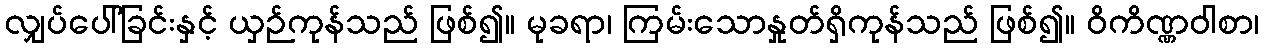
လျှပ်ပေါ်ခြင်းနှင့် ယှဉ်ကုန်သည် ဖြစ်၍။ မုခရာ၊ ကြမ်းသောနှုတ်ရှိကုန်သည် ဖြစ်၍။ ဝိကိဏ္ဏဝါစာ၊